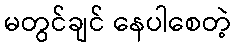
မတွင်ချင် နေပါစေတဲ့